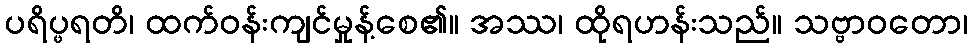
ပရိပ္ဖရတိ၊ ထက်ဝန်းကျင်မှုန့်စေ၏။ အဿ၊ ထိုရဟန်းသည်။ သဗ္ဗာဝတော၊